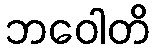
ဘဝေါတိ